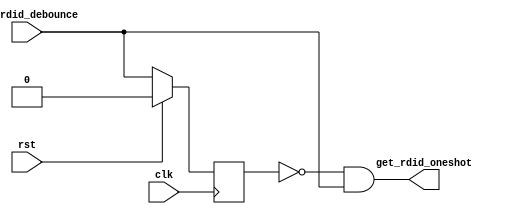
//Module for the one shot 
//This may need to use the spiclk but not sure
module oneshot(input get_rdid_debounce, clk, rst, output wire get_rdid_oneshot);
reg get_rdid_debounce_q;
always @ (posedge clk) begin
  if (rst)
    get_rdid_debounce_q <= 0;
  else
    get_rdid_debounce_q <= get_rdid_debounce;
  
end
assign get_rdid_oneshot = ~get_rdid_debounce_q && get_rdid_debounce;



endmodule